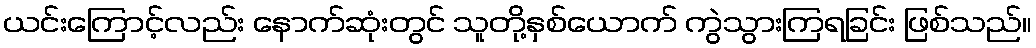
ယင်းကြောင့်လည်း နောက်ဆုံးတွင် သူတို့နှစ်ယောက် ကွဲသွားကြရခြင်း ဖြစ်သည်။